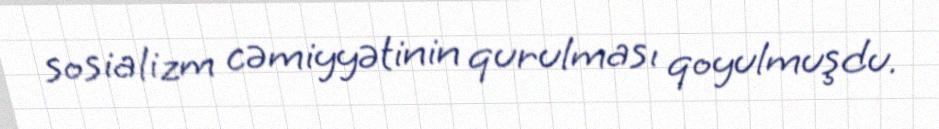
sosializm cəmiyyətinin qurulması qoyulmuşdu.